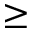
\geq